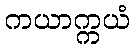
ကယာက္ကယံ